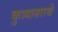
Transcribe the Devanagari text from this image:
कुत्र्यासारखे